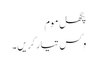
پگھل موم
وِکس تیار کریں۔